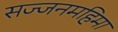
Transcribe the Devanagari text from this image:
सज्जनमहिमा